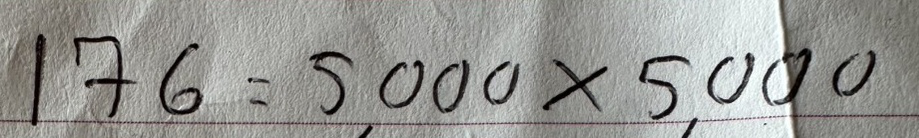
176 = 5,000x5,000